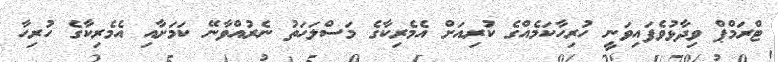
ޓްރަމްޕް ވިދާޅުވެފައިވަނީ ހުރިހާކަމެއްގެ ކުރިއަށް އެމެރިކާގެ މަސްލަހަތު ނެރުއްވާނޭ ކަމަށާއި އެމެރިކާގެ ހުރިހާ